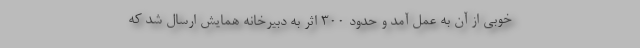
خوبی از آن به عمل آمد و حدود ۳۰۰ اثر به دبیرخانه همایش ارسال شد که